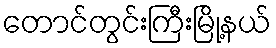
တောင်တွင်းကြီးမြို့နယ်